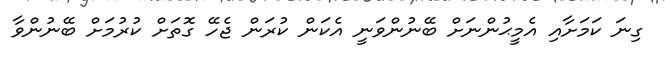
ގިނަ ކަމަށާއި އެމީޙުންނަށް ބޭނުންވަނީ އެކަން ކުރަން ޖެހޭ ގޮތަށް ކުރުމަށް ބޭނުންވާ